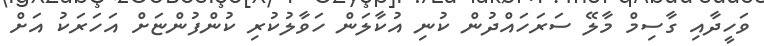
ވަހީދާއި ގާސިމް މާލޭ ސަރަހައްދުން ކުނި އުކާލަން ހަވާލުކުރި ކުންފުންޏަށް އަހަރަކު އަށް